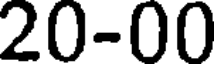
20-00